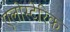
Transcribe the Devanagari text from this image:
एलोस्टेरिक